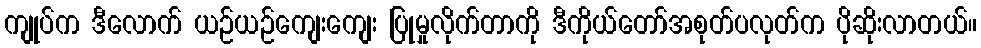
ကျုပ်က ဒီလောက် ယဉ်ယဉ်ကျေးကျေး ပြုမှုလိုက်တာကို ဒီကိုယ်တော်အစုတ်ပလုတ်က ပိုဆိုးလာတယ်။